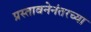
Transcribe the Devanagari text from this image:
प्रस्तावनेनंतरच्या